Vaccination in the Punjab 1897-1904 - 1897-1904
Year: 1897
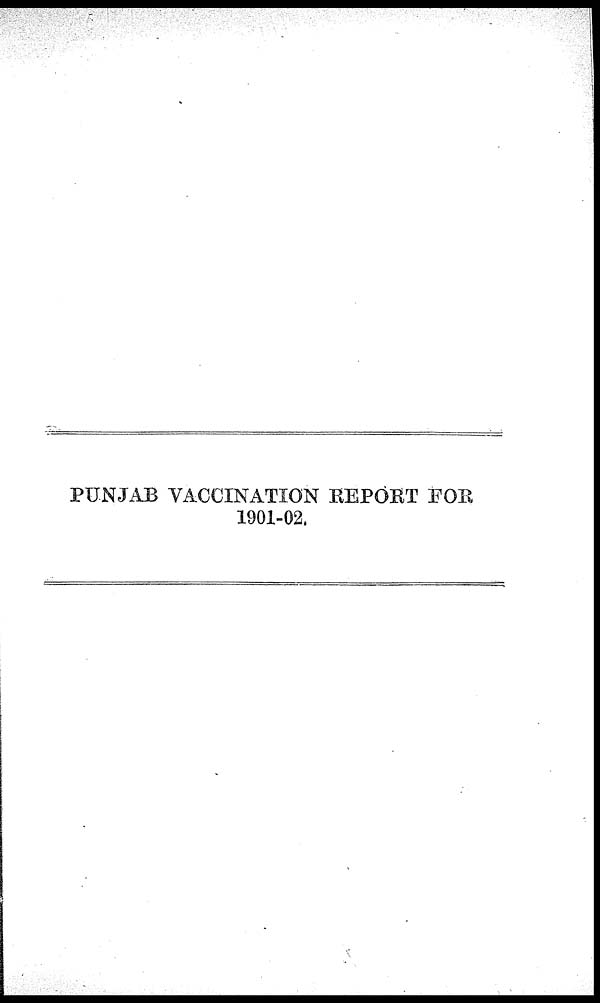
PUNJAB VACCINATION REPORT FOR
1901-02.